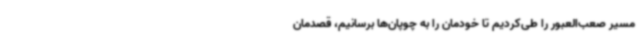
مسیر صعب‌العبور را طی‌کردیم تا خودمان را به چوپان‌ها برسانیم، قصدمان